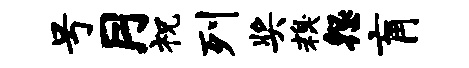
号月祝列奖糗怨肓